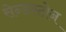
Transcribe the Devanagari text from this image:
सेन्डस्टोन